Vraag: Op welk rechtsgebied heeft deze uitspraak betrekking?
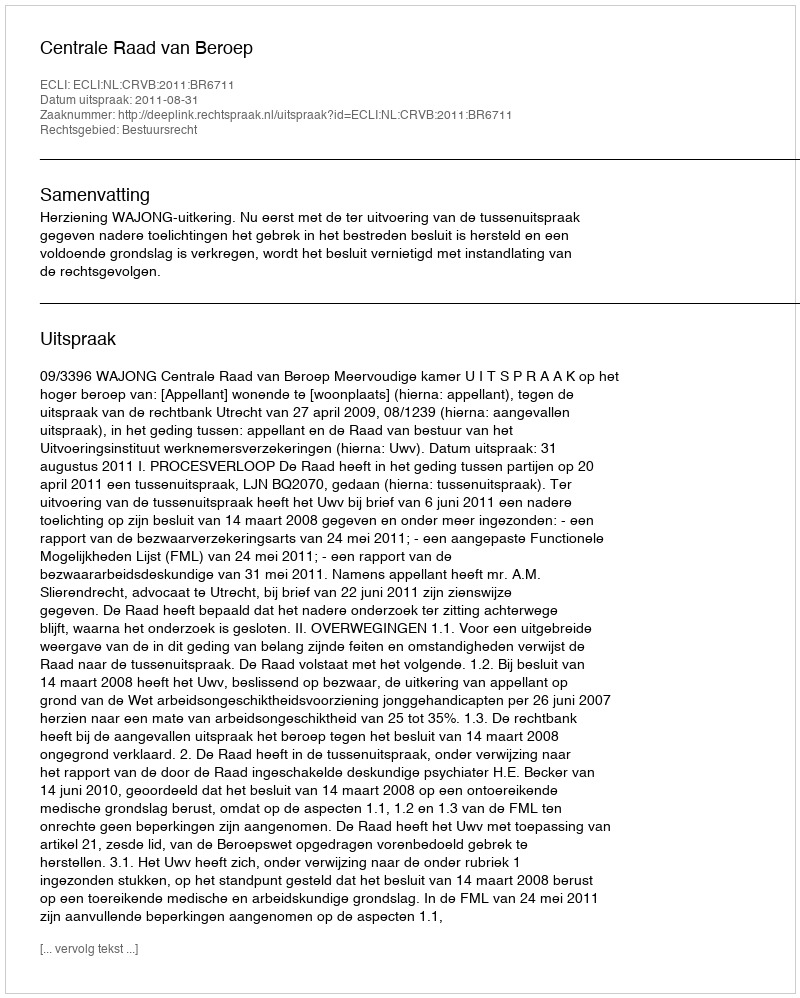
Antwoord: Bestuursrecht